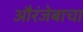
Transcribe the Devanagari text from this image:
औरंजेबाचा